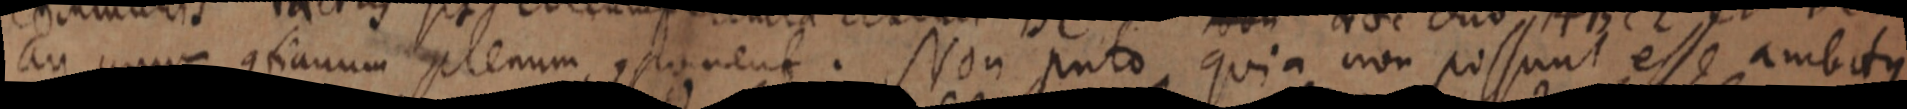
an unum continuum plenum component. Non puto quia non possunt esse ambitus